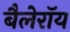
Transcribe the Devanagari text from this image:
बैलेरॉय